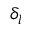
\delta _ { l }